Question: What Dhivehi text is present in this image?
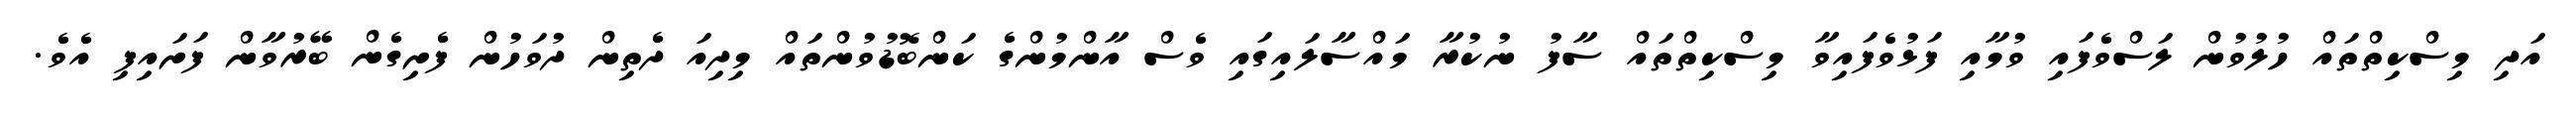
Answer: އަދި މިސްކިތްތައް ހުލުވުން ލަސްވެފައި ވުމާއި ފަޅުވެފައިވާ މިސްކިތްތައް ސާފު ނުކުރާ މައްސާލައިގައި ވެސް އާންމުންގެ ކަންބޮޑުވުންތައް މިދިއަ ދެތިން ދުވަހުން ފެށިގެން ބޭރުވާން ފަށައިފި އެވެ.